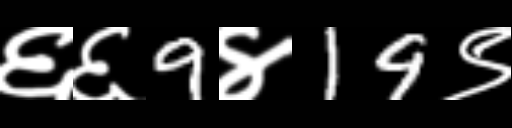
Text: ६६9४19९